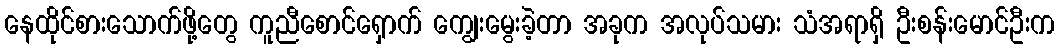
နေထိုင်စားသောက်ဖို့တွေ ကူညီစောင်ရှောက် ကျွေးမွေးခဲ့တာ အခုက အလုပ်သမား သံအရာရှိ ဦးစန်းမောင်ဦးက